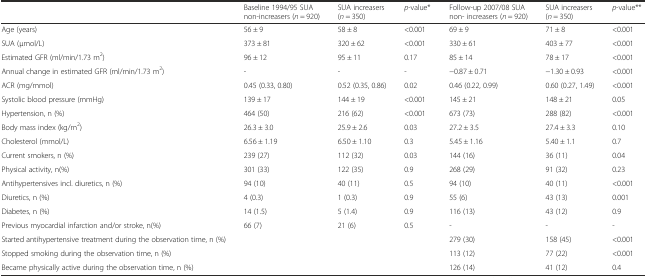
<table><thead><tr><td></td><td><b>Baseline 1994/95 SUA non-increasers (<i>n</i> = 920)</b></td><td><b>SUA increasers (<i>n</i> = 350)</b></td><td><b><i>p</i>-value*</b></td><td><b>Follow-up 2007/08 SUA non- increasers (<i>n</i> = 920)</b></td><td><b>SUA increasers (<i>n</i> = 350)</b></td><td><b><i>p</i>-value**</b></td></tr></thead><tbody><tr><td>Age (years)</td><td>56 ± 9</td><td>58 ± 8</td><td>&lt;0.001</td><td>69 ± 9</td><td>71 ± 8</td><td>&lt;0.001</td></tr><tr><td>SUA (μmol/L)</td><td>373 ± 81</td><td>320 ± 62</td><td>&lt;0.001</td><td>330 ± 61</td><td>403 ± 77</td><td>&lt;0.001</td></tr><tr><td>Estimated GFR (ml/min/1.73 m<sup>2</sup>)</td><td>96 ± 12</td><td>95 ± 11</td><td>0.17</td><td>85 ± 14</td><td>78 ± 17</td><td>&lt;0.001</td></tr><tr><td>Annual change in estimated GFR (ml/min/1.73 m<sup>2</sup>)</td><td>-</td><td>-</td><td>-</td><td>−0.87 ± 0.71</td><td>−1.30 ± 0.93</td><td>&lt;0.001</td></tr><tr><td>ACR (mg/mmol)</td><td>0.45 (0.33, 0.80)</td><td>0.52 (0.35, 0.86)</td><td>0.02</td><td>0.46 (0.22, 0.99)</td><td>0.60 (0.27, 1.49)</td><td>&lt;0.001</td></tr><tr><td>Systolic blood pressure (mmHg)</td><td>139 ± 17</td><td>144 ± 19</td><td>&lt;0.001</td><td>145 ± 21</td><td>148 ± 21</td><td>0.05</td></tr><tr><td>Hypertension, n (%)</td><td>464 (50)</td><td>216 (62)</td><td>&lt;0.001</td><td>673 (73)</td><td>288 (82)</td><td>&lt;0.001</td></tr><tr><td>Body mass index (kg/m<sup>2</sup>)</td><td>26.3 ± 3.0</td><td>25.9 ± 2.6</td><td>0.03</td><td>27.2 ± 3.5</td><td>27.4 ± 3.3</td><td>0.10</td></tr><tr><td>Cholesterol (mmol/L)</td><td>6.56 ± 1.19</td><td>6.50 ± 1.10</td><td>0.3</td><td>5.45 ± 1.16</td><td>5.40 ± 1.1</td><td>0.7</td></tr><tr><td>Current smokers, n (%)</td><td>239 (27)</td><td>112 (32)</td><td>0.03</td><td>144 (16)</td><td>36 (11)</td><td>0.04</td></tr><tr><td>Physical activity, n(%)</td><td>301 (33)</td><td>122 (35)</td><td>0.9</td><td>268 (29)</td><td>91 (32)</td><td>0.23</td></tr><tr><td>Antihypertensives incl. diuretics, n (%)</td><td>94 (10)</td><td>40 (11)</td><td>0.5</td><td>94 (10)</td><td>40 (11)</td><td>&lt;0.001</td></tr><tr><td>Diuretics, n (%)</td><td>4 (0.3)</td><td>1 (0.3)</td><td>0.9</td><td>55 (6)</td><td>43 (13)</td><td>0.001</td></tr><tr><td>Diabetes, n (%)</td><td>14 (1.5)</td><td>5 (1.4)</td><td>0.9</td><td>116 (13)</td><td>43 (12)</td><td>0.9</td></tr><tr><td>Previous myocardial infarction and/or stroke, n(%)</td><td>66 (7)</td><td>21 (6)</td><td>0.5</td><td>-</td><td>-</td><td>-</td></tr><tr><td>Started antihypertensive treatment during the observation time, n (%)</td><td></td><td></td><td></td><td>279 (30)</td><td>158 (45)</td><td>&lt;0.001</td></tr><tr><td>Stopped smoking during the observation time, n (%)</td><td></td><td></td><td></td><td>113 (12)</td><td>77 (22)</td><td>&lt;0.001</td></tr><tr><td>Became physically active during the observation time, n (%)</td><td></td><td></td><td></td><td>126 (14)</td><td>41 (12)</td><td>0.4</td></tr></tbody></table>